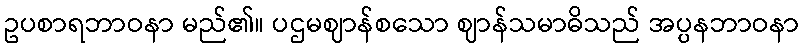
ဥပစာရဘာဝနာ မည်၏။ ပဌမဈာန်စသော ဈာန်သမာဓိသည် အပ္ပနဘာဝနာ